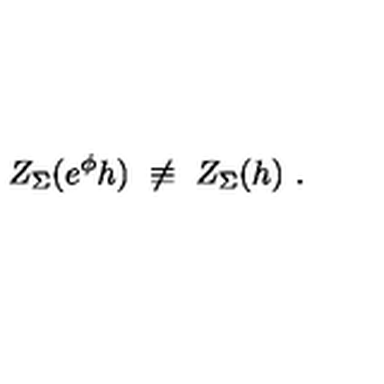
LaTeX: Z _ { \Sigma } ( e ^ { \phi } h ) \ \not \equiv \ Z _ { \Sigma } ( h ) \ .